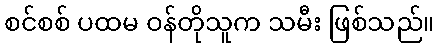
စင်စစ် ပထမ ဝန်တိုသူက သမီး ဖြစ်သည်။